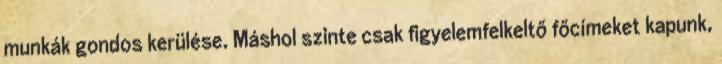
munkák gondos kerülése. Máshol szinte csak figyelemfelkeltő főcímeket kapunk,